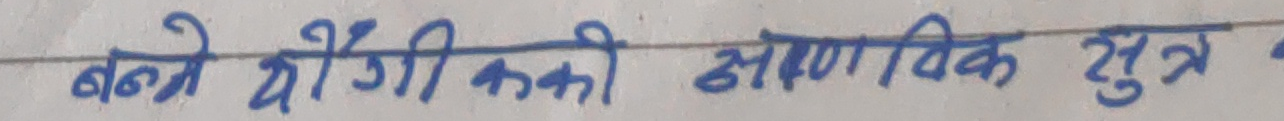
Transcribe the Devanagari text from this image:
बने यौगिक की आणविक सूत्र